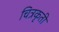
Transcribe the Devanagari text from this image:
चित्रकृती